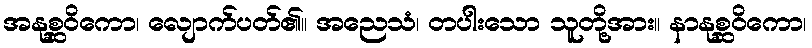
အနုစ္ဆဝိကော၊ လျောက်ပတ်၏။ အညေသံ၊ တပါးသော သူတို့အား။ နာနုစ္ဆဝိကော၊